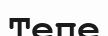
Тепе